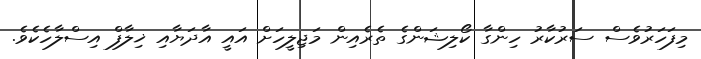
މިފަހަރުވެސް ސަރުކާރު ހިންގާ ކޯލިޝަންގެ ތެރެއިން މަޖިލީހަށް އައީ އާދަޔާއި ޚިލާފް އިސްލާހެކެވެ.